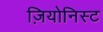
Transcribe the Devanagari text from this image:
ज़ियोनिस्ट